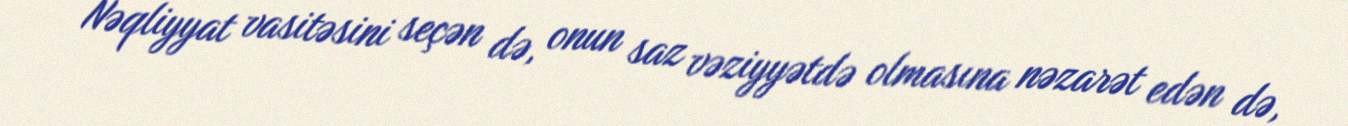
Nəqliyyat vasitəsini seçən də, onun saz vəziyyətdə olmasına nəzarət edən də,